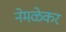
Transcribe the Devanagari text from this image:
नेमळेकर